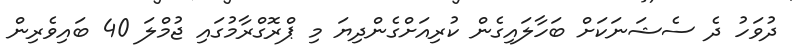
ދުވަހު ދެ ސެޝަނަކަށް ބަހާލައިގެން ކުރިއަށްގެންދިޔަ މި ޕްރޮގްރާމުގައި ޖުމްލަ 40 ބައިވެރިން